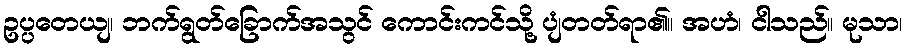
ဥပ္ပတေယျ၊ ဘက်ရွတ်ခြောက်အသွင် ကောင်းကင်သို့ ပျံတတ်ရာ၏။ အဟံ၊ ငါသည်။ မုသာ၊